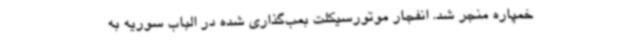
خمپاره منجر شد. انفجار موتورسیکلت بمب‌گذاری شده در الباب سوریه به